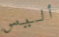
أليس